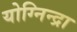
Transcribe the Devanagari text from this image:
योग्निन्द्रा